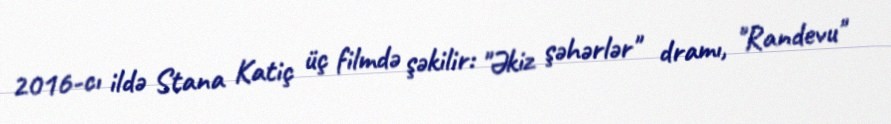
2016-cı ildə Stana Katiç üç filmdə şəkilir: "Əkiz şəhərlər" dramı, "Randevu"